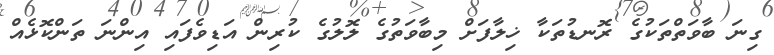
ގިނަ ބާވަތްތަކުގެ ރޮނޑުތަކާ ޚިލާފަށް މިބާވަތުގެ ލޮލުގެ ކުރިން އަޑިވެފައި އިންނަ ތަންކޮޅެއް